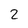
Character: 2